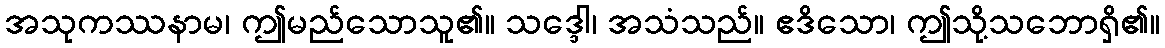
အသုကဿနာမ၊ ဤမည်သောသူ၏။ သဒ္ဒေါ၊ အသံသည်။ ဧဒိသော၊ ဤသို့သဘောရှိ၏။